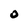
Character: 0